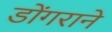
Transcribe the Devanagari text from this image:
डोंगराने